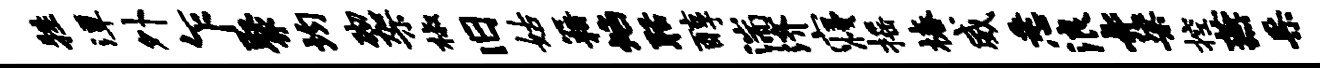
牲潭外乍聚均砌架椒旧姑籍焰聒醇湍济寝摇椿威悉浪#梁控燕采